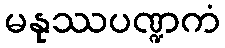
မနုဿပဏ္ဍကံ